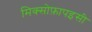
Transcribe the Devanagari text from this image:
मिक्सोफ़ापइसी